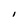
Character: I